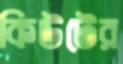
কিউটের